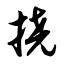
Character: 挠